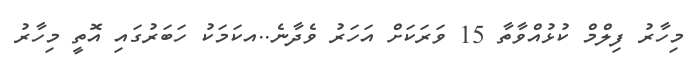
މިހާރު ފިލްމް ކުޅުއްވާތާ 15 ވަރަކަށް އަހަރު ވެދާނެ..އކަމަކު ހަބަރުގައި އޮތީ މިހާރު